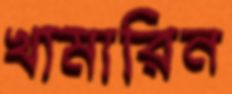
খামারিন